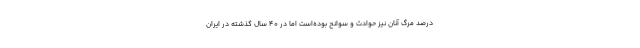
درصد مرگ آنان نیز حوادث و سوانح بوده‌است اما در ۴۰ سال گذشته در ایران